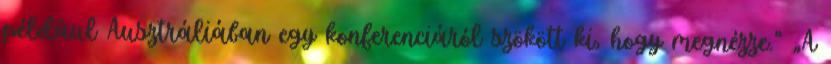
például Ausztráliában egy konferenciáról szökött ki, hogy megnézze.” „A